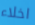
اخلاء